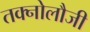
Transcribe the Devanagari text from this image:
तक्नोलौजी